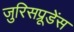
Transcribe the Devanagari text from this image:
जुरिसप्रूडेंस